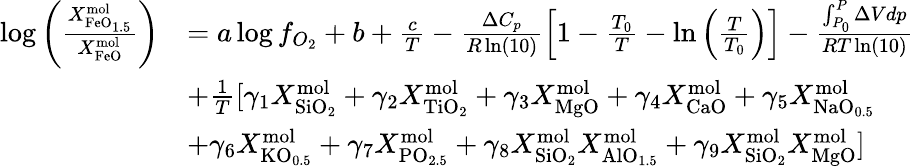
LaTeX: \begin{array}{rl}{\log\left(\frac{X_{\mathrm{FeO}_{1.5}}^{\mathrm{mol}}}{X_{\mathrm{FeO}}^{\mathrm{mol}}}\right)}&{=a\log f_{O_{2}}+b+\frac{c}{T}-\frac{\Delta C_{p}}{R\ln(10)}\left[1-\frac{T_{0}}{T}-\ln\left(\frac{T}{T_{0}}\right)\right]-\frac{\int_{P_{0}}^{P}\Delta Vdp}{RT\ln(10)}}\\ &{+\frac{1}{T}[\gamma_{1}X_{\mathrm{SiO}_{2}}^{\mathrm{mol}}+\gamma_{2}X_{\mathrm{TiO}_{2}}^{\mathrm{mol}}+\gamma_{3}X_{\mathrm{MgO}}^{\mathrm{mol}}+\gamma_{4}X_{\mathrm{CaO}}^{\mathrm{mol}}+\gamma_{5}X_{\mathrm{NaO}_{0.5}}^{\mathrm{mol}}}\\ &{+\gamma_{6}X_{\mathrm{KO}_{0.5}}^{\mathrm{mol}}+\gamma_{7}X_{\mathrm{PO}_{2.5}}^{\mathrm{mol}}+\gamma_{8}X_{\mathrm{SiO}_{2}}^{\mathrm{mol}}X_{\mathrm{AlO}_{1.5}}^{\mathrm{mol}}+\gamma_{9}X_{\mathrm{SiO}_{2}}^{\mathrm{mol}}X_{\mathrm{MgO}}^{\mathrm{mol}}]}\end{array}